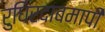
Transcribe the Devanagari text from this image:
रुधिरदाबमापी